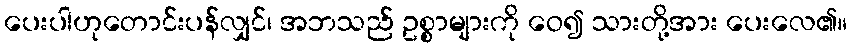
ပေးပါဟုတောင်းပန်လျှင်၊ အဘသည် ဥစ္စာများကို ဝေ၍ သားတို့အား ပေးလေ၏။